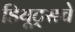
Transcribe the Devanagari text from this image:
डियूट्सचे